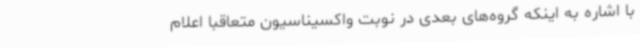
با اشاره به اینکه گروه‌های بعدی در نوبت واکسیناسیون متعاقبا اعلام